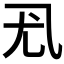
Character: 𰀳